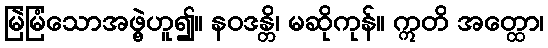
မြဲမြံသောအဖွဲ့ဟူ၍။ နဝဒန္တိ၊ မဆိုကုန်။ ဣတိ အတ္ထော၊